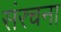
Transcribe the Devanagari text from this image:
संंरचना